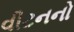
વીટનનો